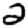
Digit: 2